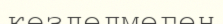
көзделмеген